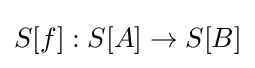
S[f]:S[A]\to S[B]